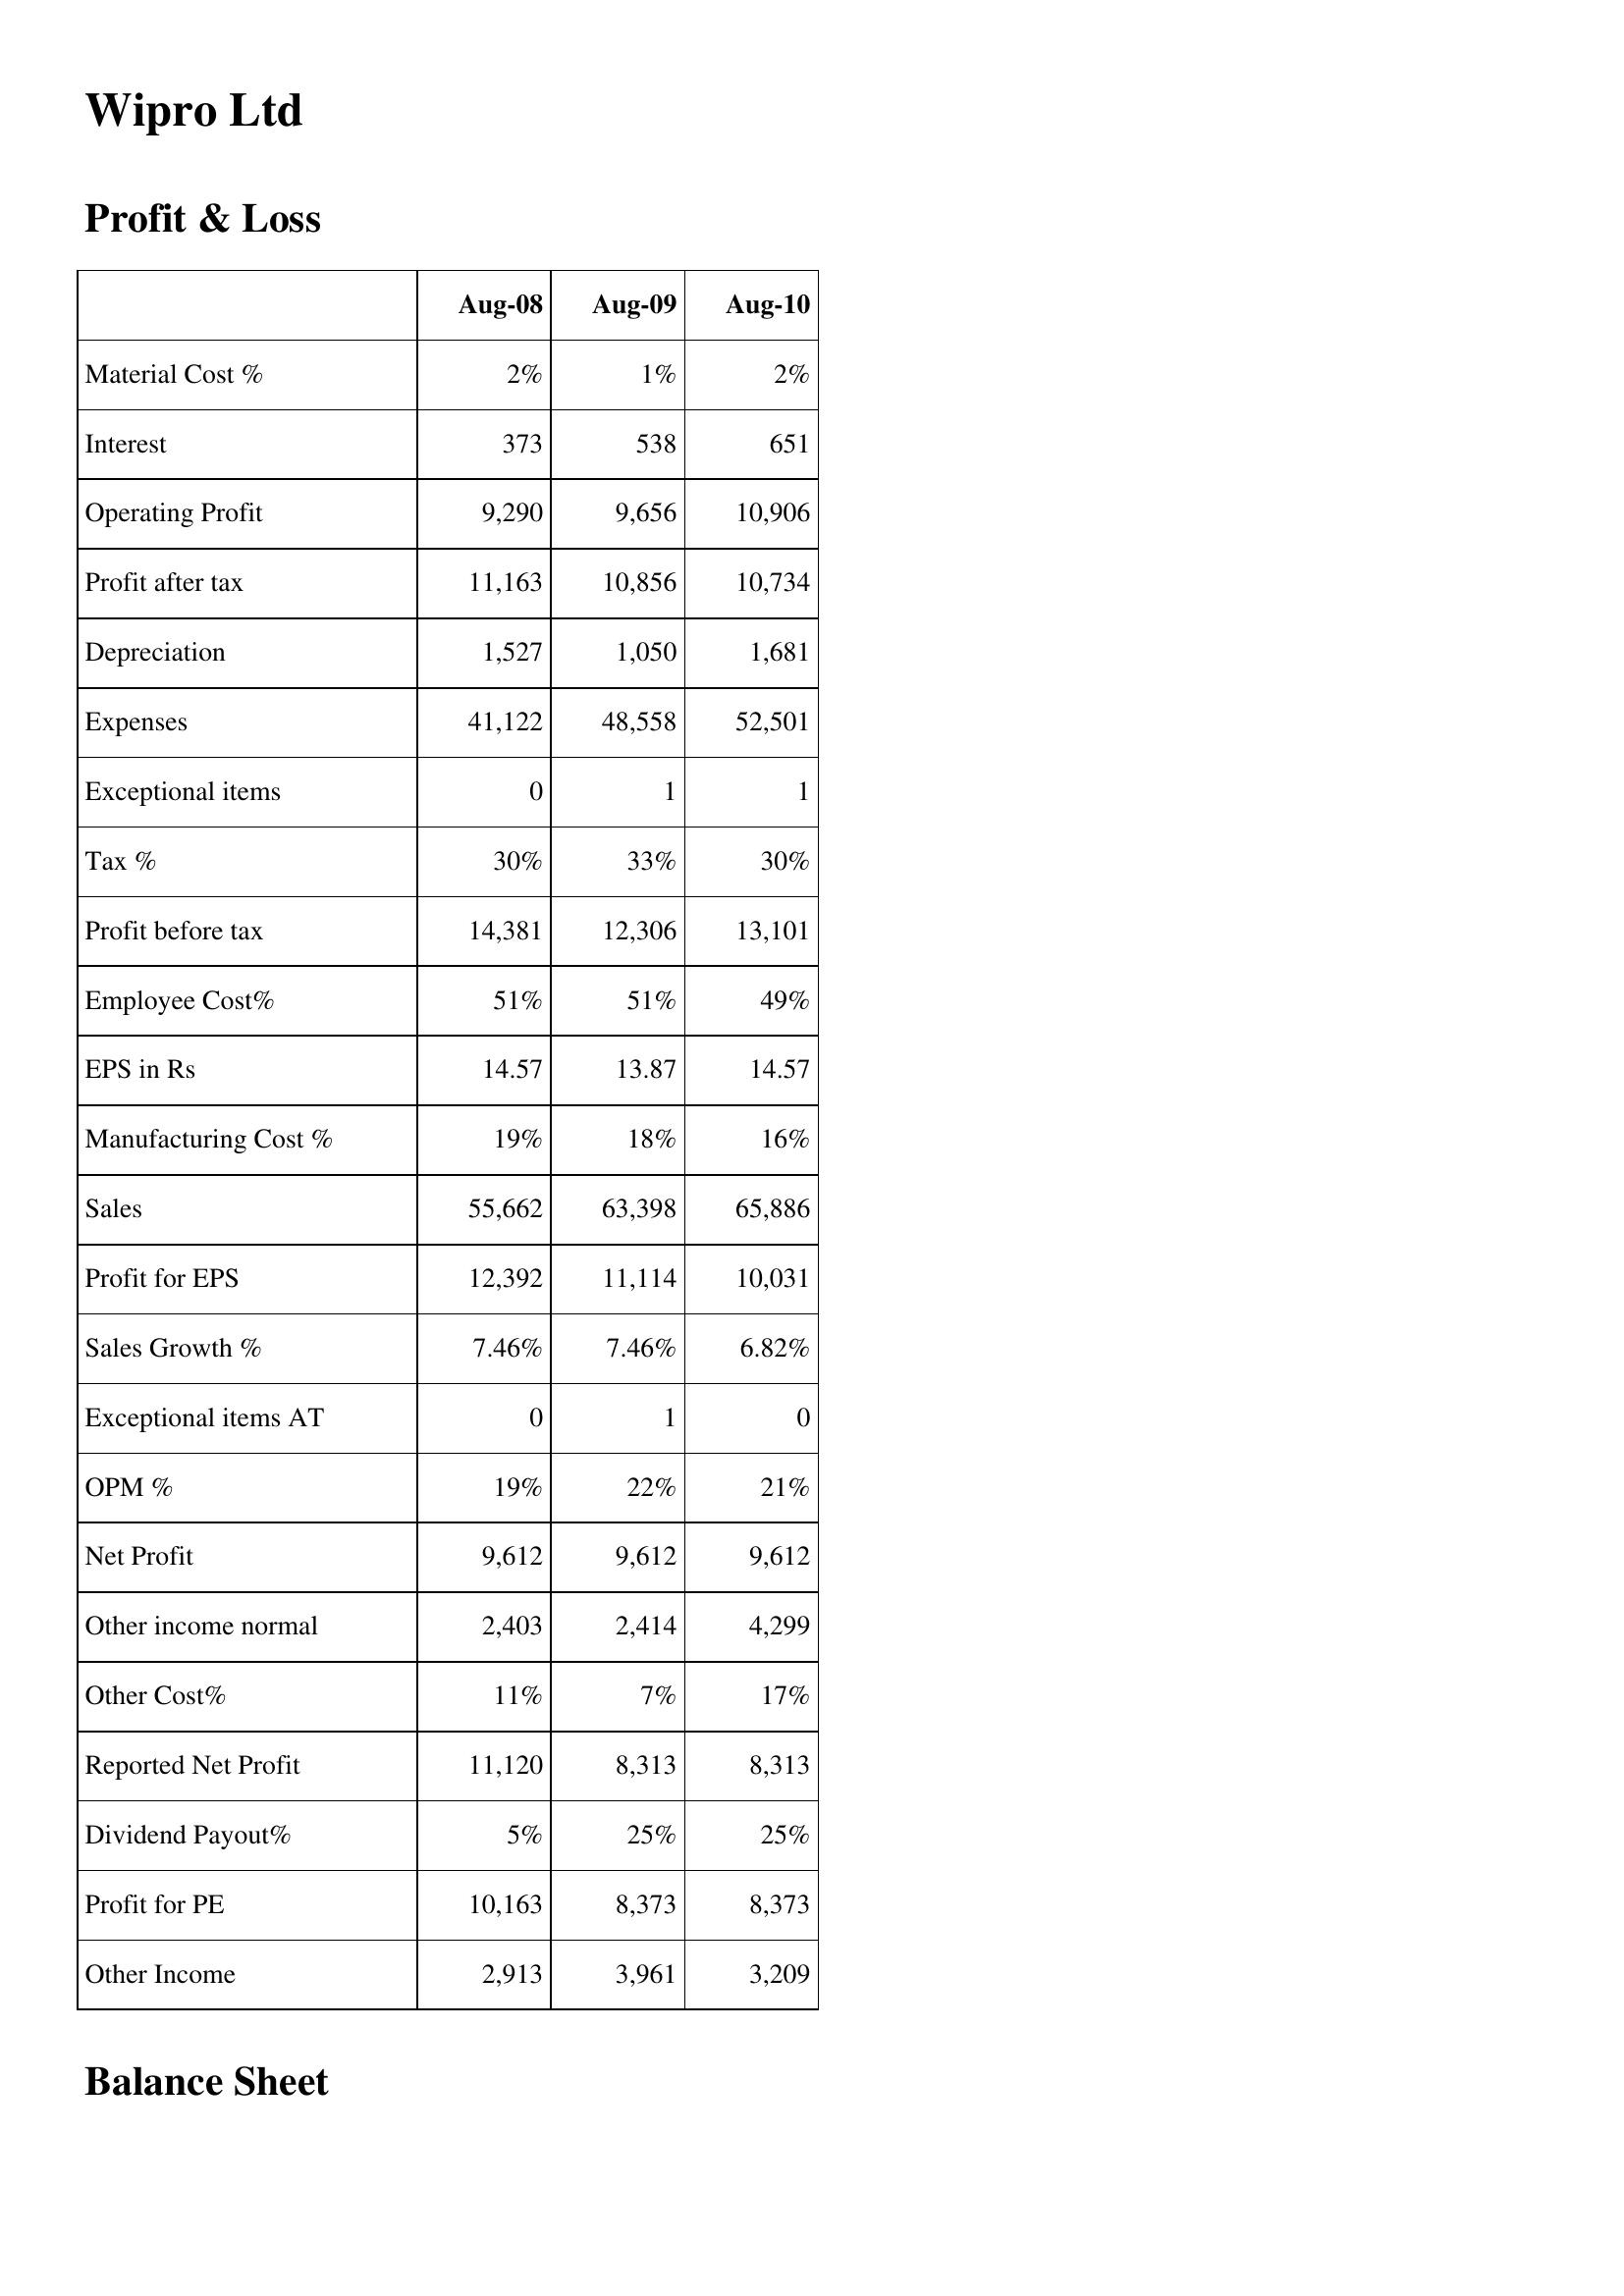
Aug-08: Profit & Loss: Material Cost %: 2%
Interest: 373
Operating Profit: 9,290
Profit after tax: 11,163
Depreciation: 1,527
Expenses: 41,122
Exceptional items: 0
Tax %: 30%
Profit before tax: 14,381
Employee Cost%: 51%
EPS in Rs: 14.57
Manufacturing Cost %: 19%
Sales: 55,662
Profit for EPS: 12,392
Sales Growth %: 7.46%
Exceptional items AT: 0
OPM %: 19%
Net Profit: 9,612
Other income normal: 2,403
Other Cost%: 11%
Reported Net Profit: 11,120
Dividend Payout%: 5%
Profit for PE: 10,163
Other Income: 2,913
Aug-09: Profit & Loss: Material Cost %: 1%
Interest: 538
Operating Profit: 9,656
Profit after tax: 10,856
Depreciation: 1,050
Expenses: 48,558
Exceptional items: 1
Tax %: 33%
Profit before tax: 12,306
Employee Cost%: 51%
EPS in Rs: 13.87
Manufacturing Cost %: 18%
Sales: 63,398
Profit for EPS: 11,114
Sales Growth %: 7.46%
Exceptional items AT: 1
OPM %: 22%
Net Profit: 9,612
Other income normal: 2,414
Other Cost%: 7%
Reported Net Profit: 8,313
Dividend Payout%: 25%
Profit for PE: 8,373
Other Income: 3,961
Aug-10: Profit & Loss: Material Cost %: 2%
Interest: 651
Operating Profit: 10,906
Profit after tax: 10,734
Depreciation: 1,681
Expenses: 52,501
Exceptional items: 1
Tax %: 30%
Profit before tax: 13,101
Employee Cost%: 49%
EPS in Rs: 14.57
Manufacturing Cost %: 16%
Sales: 65,886
Profit for EPS: 10,031
Sales Growth %: 6.82%
Exceptional items AT: 0
OPM %: 21%
Net Profit: 9,612
Other income normal: 4,299
Other Cost%: 17%
Reported Net Profit: 8,313
Dividend Payout%: 25%
Profit for PE: 8,373
Other Income: 3,209